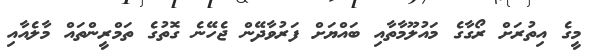
މީގެ އިތުރަށް ރޯގާގެ މައުލޫމާތާއި ބައްޔަށް ފަރުވާދޭން ޖެހޭނެ ގޮތުގެ ތަމްރީންތައް މާލެއާއި